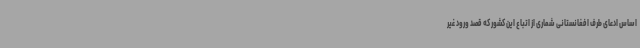
اساس ادعای طرف افغانستانی شماری از اتباع این کشور که قصد ورود غیر